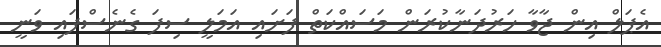
އެޕަލް އިން ޖާވާ ހަރުދަނާކުރަން މަސައްކަތް ފަށައި އަމަލީ ސިފަ ގެނެސްފައި ވަނީ